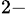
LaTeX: ^{2-}